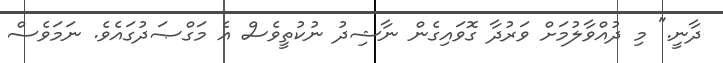
ދާނީ." މި ދުއްވާލުމަށް ވަރުދާ ގޮވައިގެން ނާޝިދު ނުކުތީވެސް އެ މަގްޞަދުގައެވެ. ނަމަވެސް